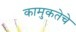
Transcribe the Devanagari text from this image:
कामुकतेचे